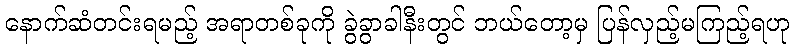
နောက်ဆံတင်းရမည့် အရာတစ်ခုကို ခွဲခွာခါနီးတွင် ဘယ်တော့မှ ပြန်လှည့်မကြည့်ရဟု